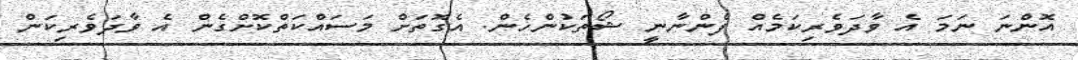
އޮންނަ ނަމަ އެ ވާދަވެރިކަމެއް ފެންނާނީ ޝޯތަކުންހެން. އެގޮތަށް މަސައްކަތްކޮށްގެން އެ ވާދަވެރިކަން